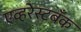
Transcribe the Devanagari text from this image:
एव्हरेस्टबँक